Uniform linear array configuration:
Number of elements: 16
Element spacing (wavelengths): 0.25
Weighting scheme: blackman
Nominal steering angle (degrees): -30
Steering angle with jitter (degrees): -29.74
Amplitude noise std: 0.05
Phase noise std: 0.05

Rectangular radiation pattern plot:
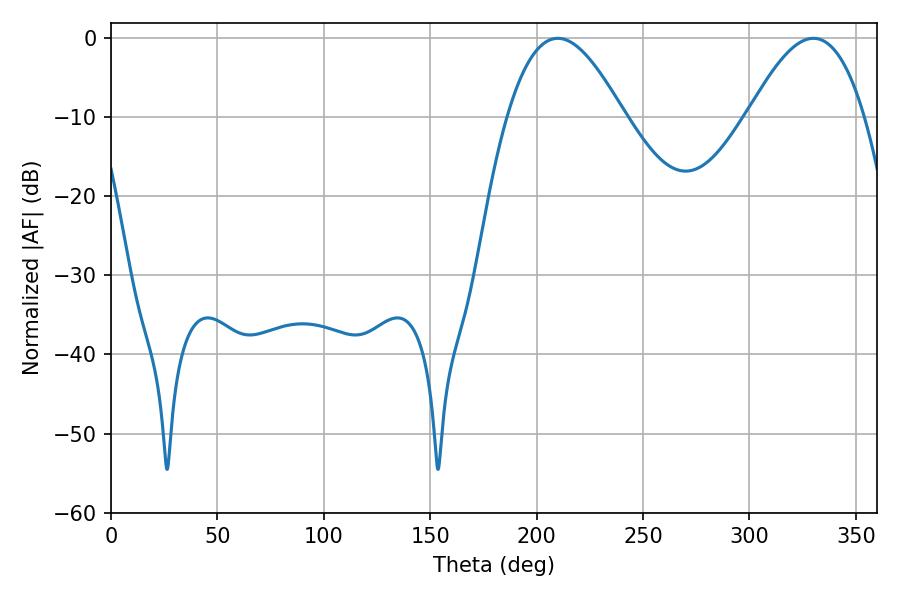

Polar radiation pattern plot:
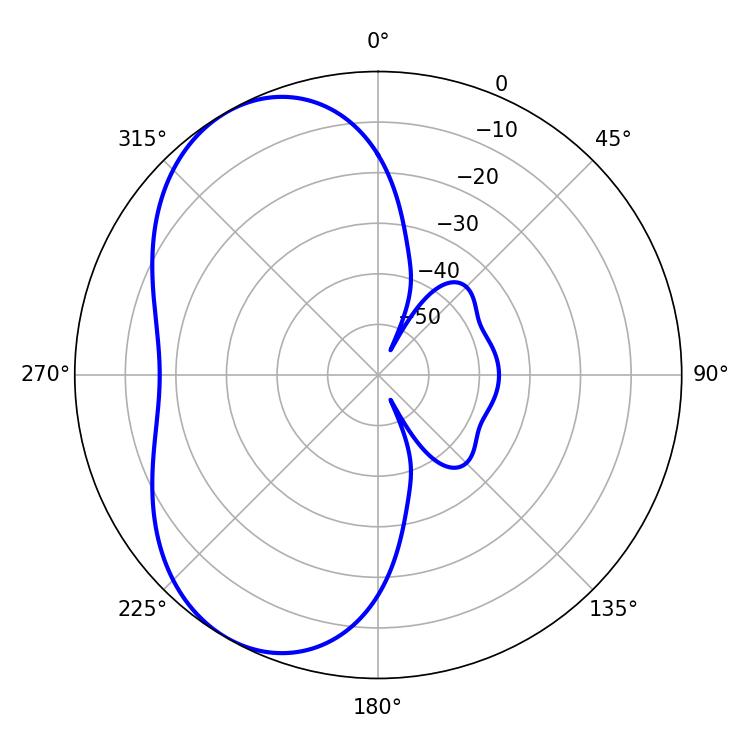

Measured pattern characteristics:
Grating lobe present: FALSE
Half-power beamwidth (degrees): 29.7
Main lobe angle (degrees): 209.88